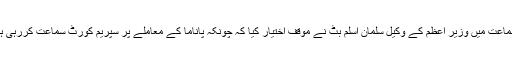
چیف الیکشن کمشنر سردار رضا خان کی سربراہی میں ہونے والی سماعت میں وزیر اعظم کے وکیل سلمان اسلم بٹ نے موقف اختیار کیا کہ چونکہ پاناما کے معاملے پر سپریم کورٹ سماعت کررہی ہے لہٰذا فیصلہ آنے تک الیکشن کمیشن کو سماعت روک دینی چاہیے۔